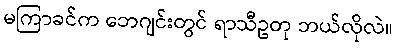
မကြာခင်က ဘေဂျင်းတွင် ရာသီဥတု ဘယ်လိုလဲ။